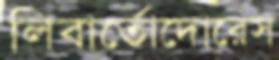
লিবার্তোদোরেস